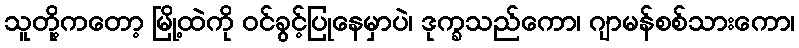
သူတို့ကတော့ မြို့ထဲကို ဝင်ခွင့်ပြုနေမှာပဲ၊ ဒုက္ခသည်ကော၊ ဂျာမန်စစ်သားကော၊